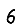
Digit: 6